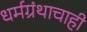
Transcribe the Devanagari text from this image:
धर्मग्रंथाचाही